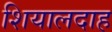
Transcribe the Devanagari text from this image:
शियालदाह